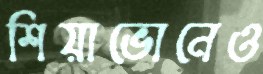
শিয়াভোনেও